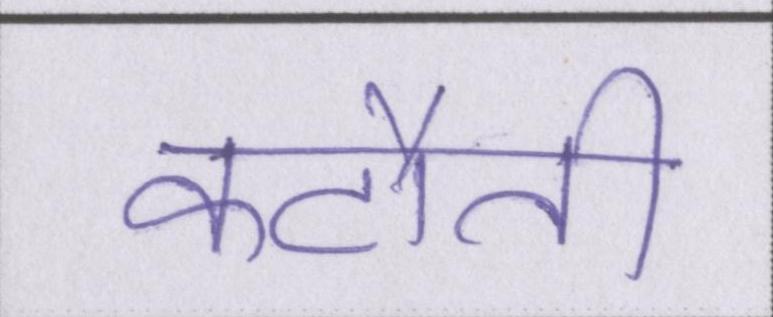
कटौती